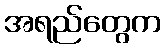
အရည်တွေက